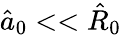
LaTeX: \hat{a}_{0}<<\hat{R}_{0}